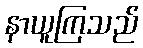
နာယူကြသည်